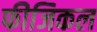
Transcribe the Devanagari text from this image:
फीजिकल